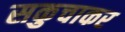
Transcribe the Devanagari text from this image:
सकुचाकर